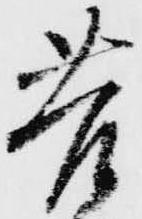
苦